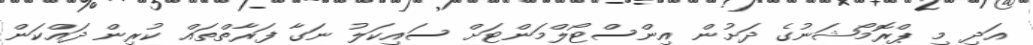
އަދި މި ޕްރޮމޯޝަނުގެ ދަށުން އިންސްޓޯލްމަންޓަށް ސައިކަލު ނަގާ ފަރާތްތައް ކުރިން ދައްކަން